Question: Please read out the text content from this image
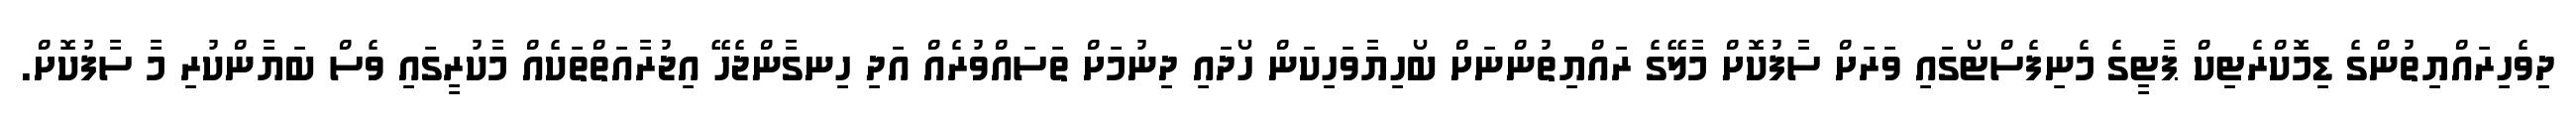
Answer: ދިވެހިރައްޔިތުންގެ ޑިމޮކްރެޓިކް ޕާޓީގެ މެނިފެސްޓޯގައި ވަރަށް ސާފުކޮށް މާލޭގެ ރައްޔިތުންނަށް ބޯހިޔާވަހިކަން ހޯދައި ދިނުމަށް ތަސައްވުރެއް އަދި ހިނގާންޖެހޭ އިޖުރާއަތްތަކެއް މާކުރީގައި ވެސް ބަޔާންކުރި މާ ސާފުކޮށް.